Source: Handwritten
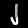
Digit: ၂ (2)